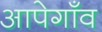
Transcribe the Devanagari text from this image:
आपेगाँव